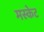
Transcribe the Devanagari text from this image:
मस्केट